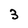
Character: 3